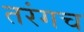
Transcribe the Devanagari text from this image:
तरंगच